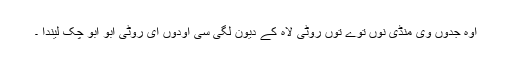
اوہ جدوں وی منڈی نوں توے توں روٹی لاہ کے دیون لگی سی اودوں ای روٹی ابو ابو چک لیندا ۔